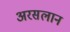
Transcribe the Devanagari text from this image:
अरसलान